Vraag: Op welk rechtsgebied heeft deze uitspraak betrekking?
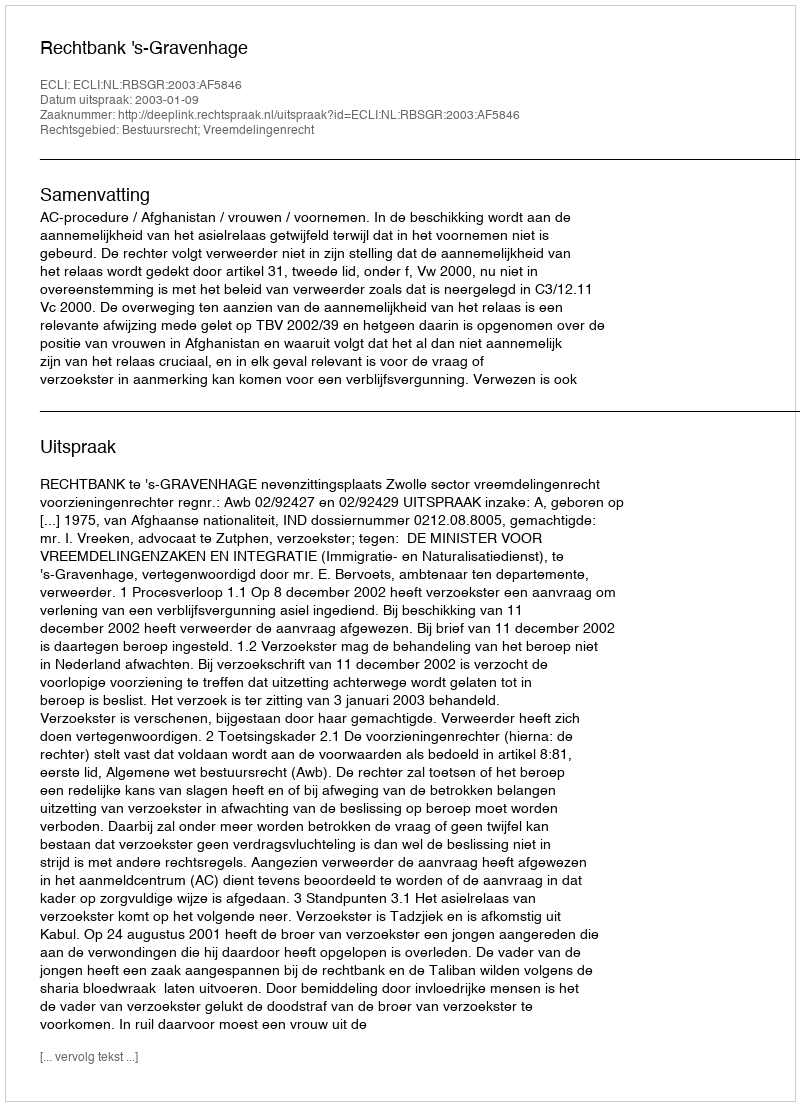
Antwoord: Bestuursrecht; Vreemdelingenrecht